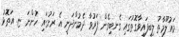
މައުލޫމާތު ލިބިފައިވާގޮތުގައި ގެނބިގެން ފަރުވާ ދެމުންދަނީ އެ ރަށުގައި ހުންނަ ޏ. އަތޮޅު